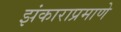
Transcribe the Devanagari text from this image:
झंकाराप्रमाणे